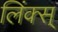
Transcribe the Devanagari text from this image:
लिंक्स्